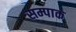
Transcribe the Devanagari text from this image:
सम्पाक